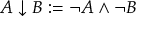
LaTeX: A \downarrow B : = \neg A \land \neg B